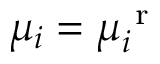
\mu _ { i } = \mu _ { i } ^ { \mathrm { ~ r ~ } }